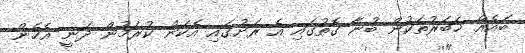
ބައެއް ޚަބަރުތަކުން ބުނާ ގޮތުގައި އެ ރަށުގައި އެކަން ކުރަމުން ދަނީ އެހެން